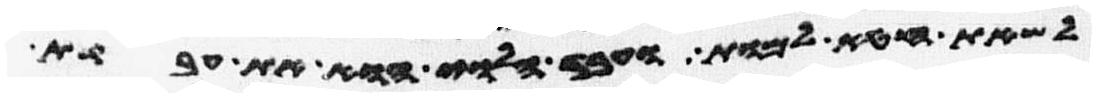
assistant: לשאת חטא למות ועבד הלוי הוא את עבדת